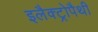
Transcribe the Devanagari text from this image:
इलैक्ट्रोपैथी